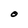
Character: O